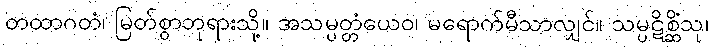
တထာဂတံ၊ မြတ်စွာဘုရားသို့။ အသမ္ပတ္တံယေဝ၊ မရောက်မီသာလျှင်။ သမ္ပဋိစ္ဆိံသု၊